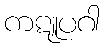
ကဋူပဂါ